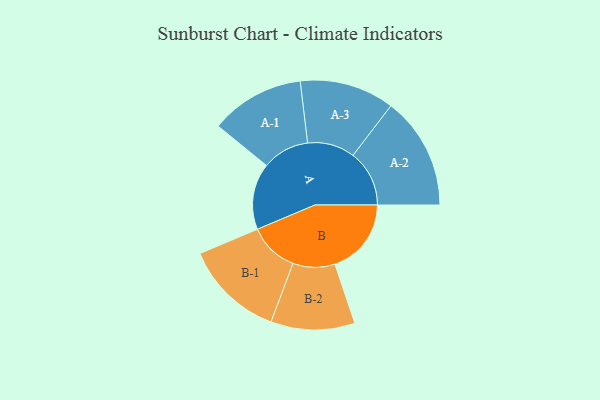
{"axis": {"x": "Segment", "y": "Value"}, "legend": ["", "A", "B"], "data": [{"x": "A", "y": 297, "type": ""}, {"x": "B", "y": 342, "type": ""}, {"x": "A-1", "y": 211, "type": "A"}, {"x": "A-2", "y": 252, "type": "A"}, {"x": "A-3", "y": 212, "type": "A"}, {"x": "B-1", "y": 223, "type": "B"}, {"x": "B-2", "y": 188, "type": "B"}]}